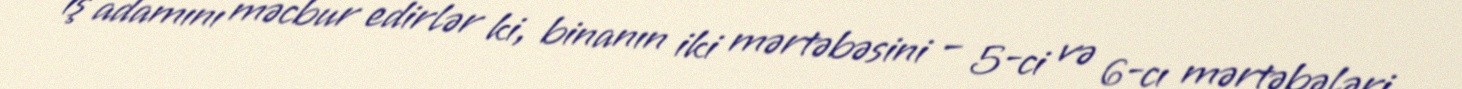
iş adamını məcbur edirlər ki, binanın iki mərtəbəsini – 5-ci və 6-cı mərtəbələri